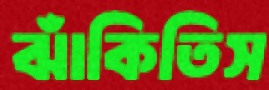
ঝাঁকিতিস